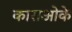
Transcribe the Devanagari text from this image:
काराओके